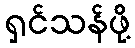
ရှင်သန်ဖို့